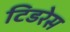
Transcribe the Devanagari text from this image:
टिडरेस